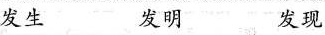
发生 发明 发现